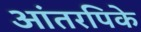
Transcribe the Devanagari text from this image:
आंतरपिके